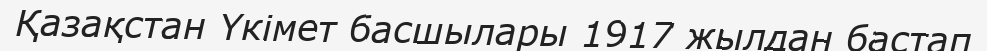
Қазақстан Үкімет басшылары 1917 жылдан бастап